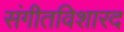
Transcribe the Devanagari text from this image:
संगीतविशारद